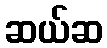
ဆယ်ဆ